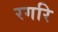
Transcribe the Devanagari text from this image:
रगरि